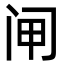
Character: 闸